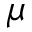
\mu